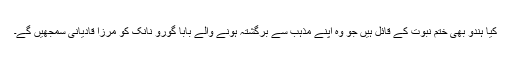
کیا ہندو بھی ختم نبوت کے قائل ہیں جو وہ اپنے مذہب سے برگشتہ ہونے والے بابا گورو نانک کو مرزا قادیانی سمجھیں گے۔